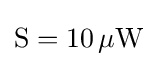
{\textstyle \mathrm {S} =10\,\mathrm {\mu W} }